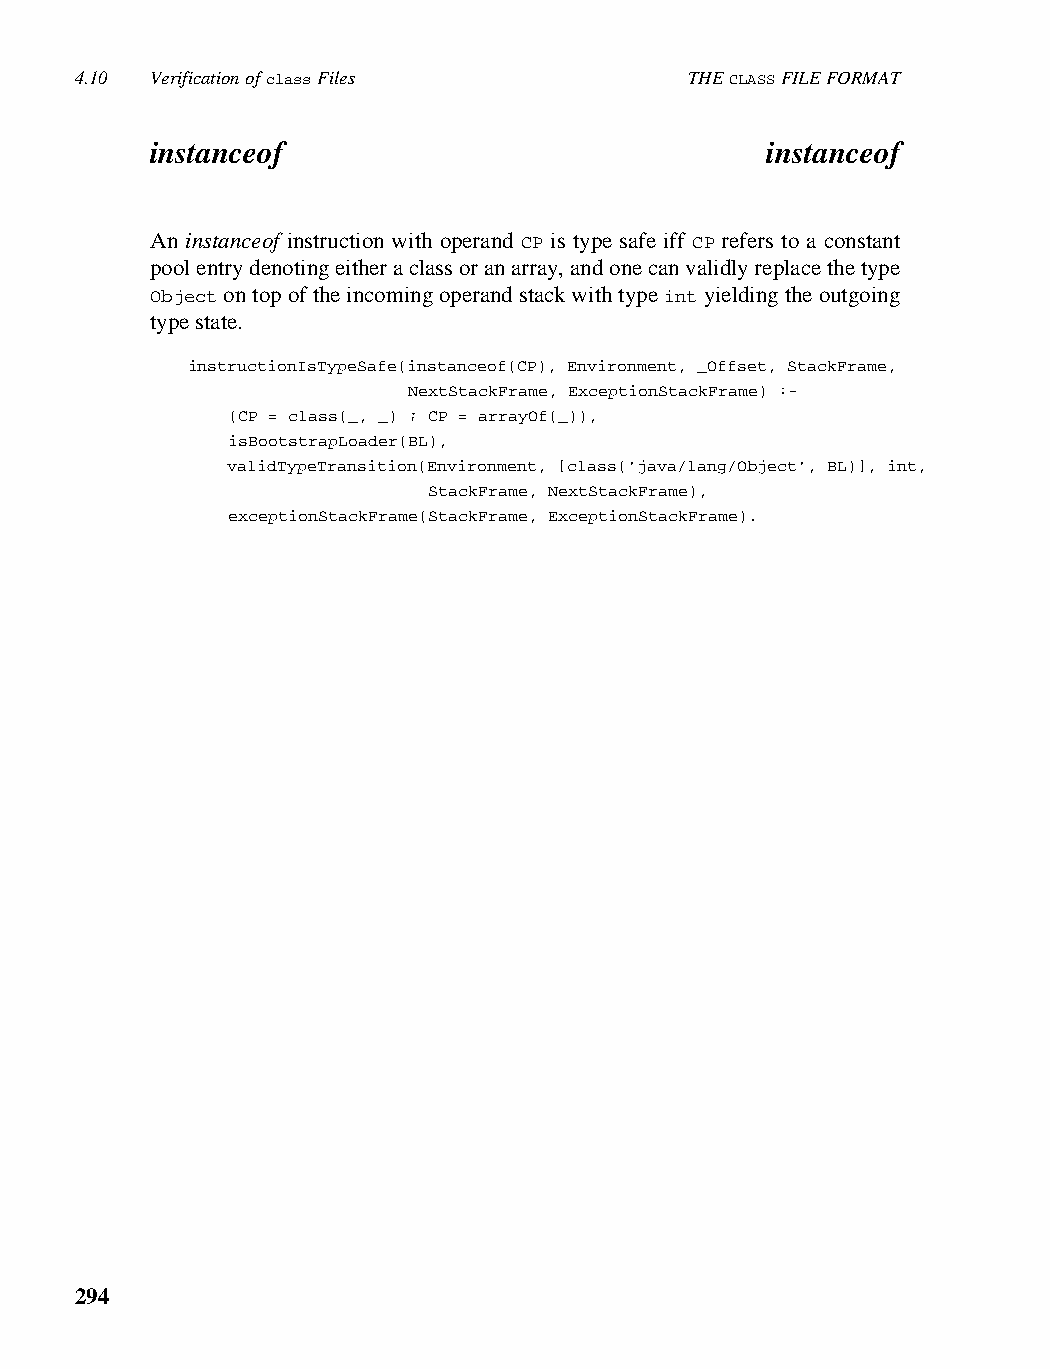
4.10 Verification of class Files         THE CLASS FILE FORMAT
 instanceof                               instanceof
 An instanceof instruction with operand CP is type safe iff CP refers to a constant
 pool entry denoting either a class or an array, and one can validly replace the type
 Object on top of the incoming operand stack with type int yielding the outgoing
 type state.
 instructionIsTypeSafe(instanceof(CP), Environment, _Offset, StackFrame,
 NextStackFrame, ExceptionStackFrame) :-
 (CP = class(_, _) ; CP = arrayOf(_)),
 isBootstrapLoader(BL),
 validTypeTransition(Environment, [class('java/lang/Object', BL)], int,
 StackFrame, NextStackFrame),
 exceptionStackFrame(StackFrame, ExceptionStackFrame).
 294